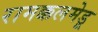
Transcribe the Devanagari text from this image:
रामक्कलमेडू